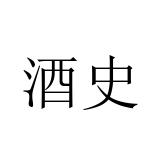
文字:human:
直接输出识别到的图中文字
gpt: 酒史